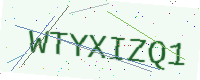
Text: WTYXIZQ1